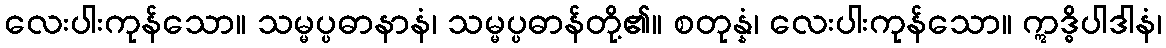
လေးပါးကုန်သော။ သမ္မပ္ပဓာနာနံ၊ သမ္မပ္ပဓာန်တို့၏။ စတုန္နံ၊ လေးပါးကုန်သော။ ဣဒ္ဓိပါဒါနံ၊